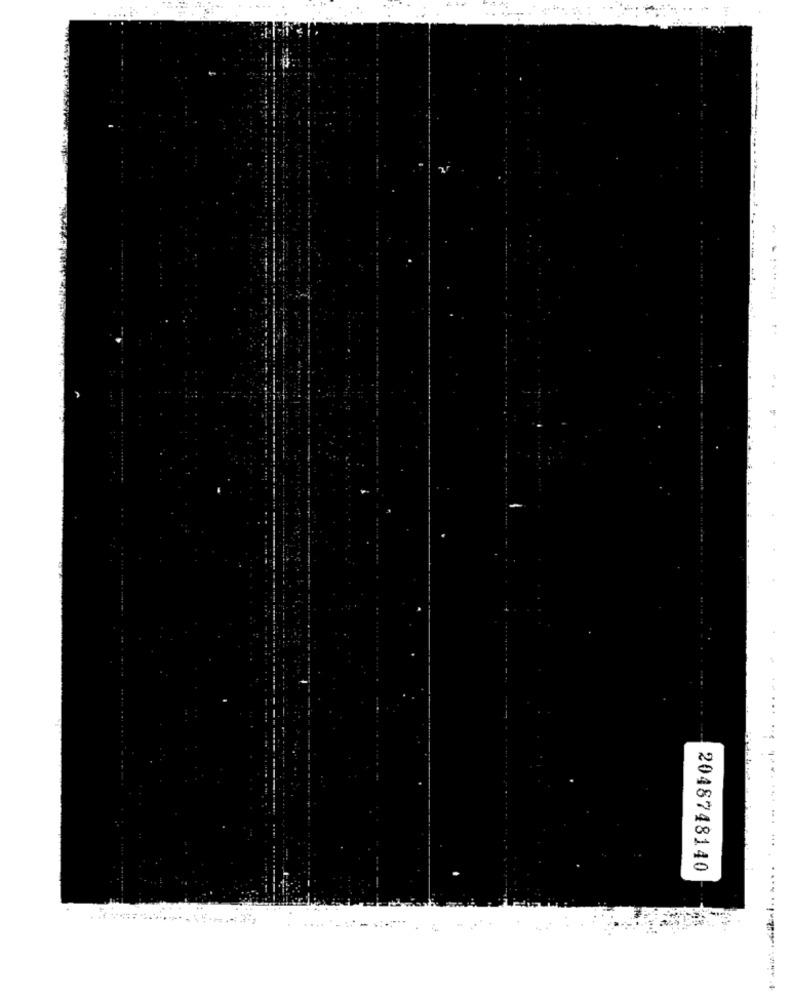
----------
..........
.....
2048748140